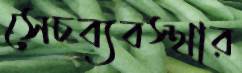
সেচব্যবস্থার